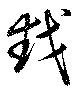
越